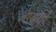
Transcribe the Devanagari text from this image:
आस्रवों